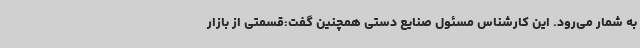
به شمار می‌رود. این کارشناس مسئول صنایع دستی همچنین گفت:قسمتی از بازار